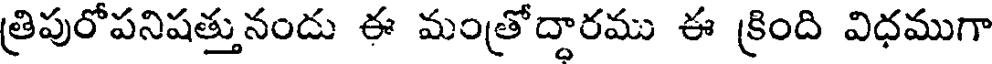
త్రిపురోపనిషత్తునందు ఈ మంత్రోద్దారము ఈ క్రింది విధముగా